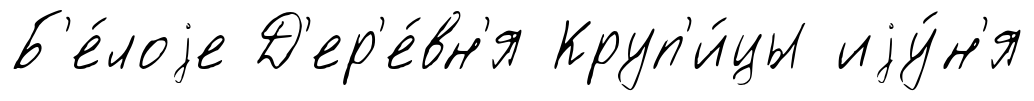
Б'е́лоjе Д'ер'е́вн'я Круп'и́цы иjу́н'я